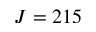
J = 2 1 5